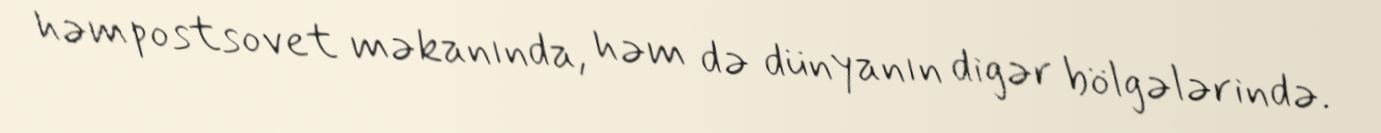
həm postsovet məkanında, həm də dünyanın digər bölgələrində.